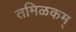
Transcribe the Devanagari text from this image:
तमिळकम्‌